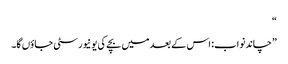
“
”چاند نواب: اس کے بعد میں بچے کی یونیورسٹی جاؤں گا۔